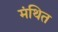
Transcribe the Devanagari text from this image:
मंथित